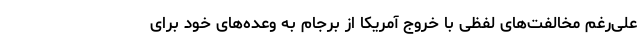
علی‌رغم مخالفت‌های لفظی با خروج آمریکا از برجام به وعده‌های خود برای